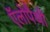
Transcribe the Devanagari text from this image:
ऍलोपैथी